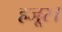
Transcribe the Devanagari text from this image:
हजूर।